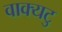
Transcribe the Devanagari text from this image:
वाक्यटु